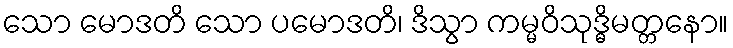
သော မောဒတိ သော ပမောဒတိ၊ ဒိသွာ ကမ္မဝိသုဒ္ဓိမတ္တနော။